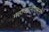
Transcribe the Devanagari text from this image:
महाजालावरती